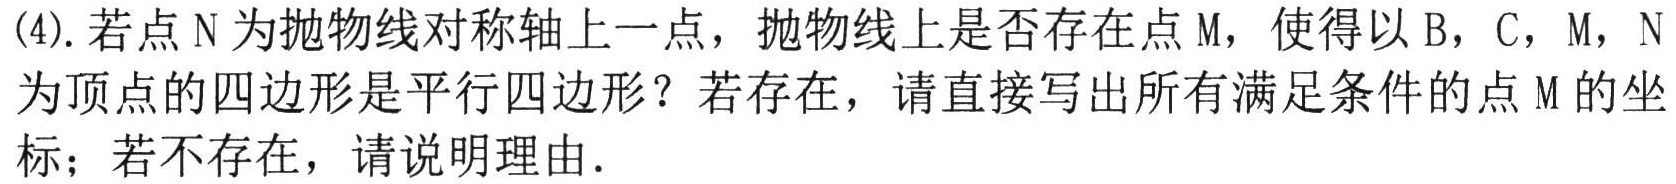
(4). 若点\(N\)为抛物线对称轴上一点，抛物线上是否存在点\(M\)，使得以\(B\)，\(C\)，\(M\)，\(N\)为顶点的四边形是平行四边形？若存在，请直接写出所有满足条件的点\(M\)的坐标；若不存在，请说明理由.